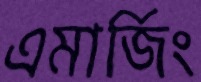
এমার্জিং